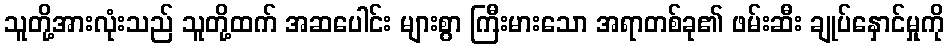
သူတို့အားလုံးသည် သူတို့ထက် အဆပေါင်း များစွာ ကြီးမားသော အရာတစ်ခု၏ ဖမ်းဆီး ချုပ်နှောင်မှုကို